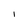
Character: I